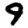
Digit: 9